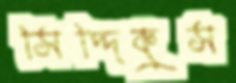
সিদ্দিকুস